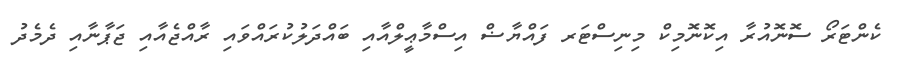
ކެންޓަރޯ ސޮނޮއުރާ އިކޮނޮމިކް މިނިސްޓަރ ފައްޔާޟް އިސްމާޢީލްއާއި ބައްދަލުކުރައްވައި ރާއްޖެއާއި ޖަޕާނާއި ދެމެދު